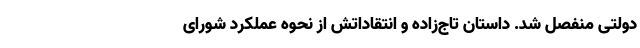
دولتی منفصل شد. داستان تاج‌زاده و انتقاداتش از نحوه عملکرد شورای